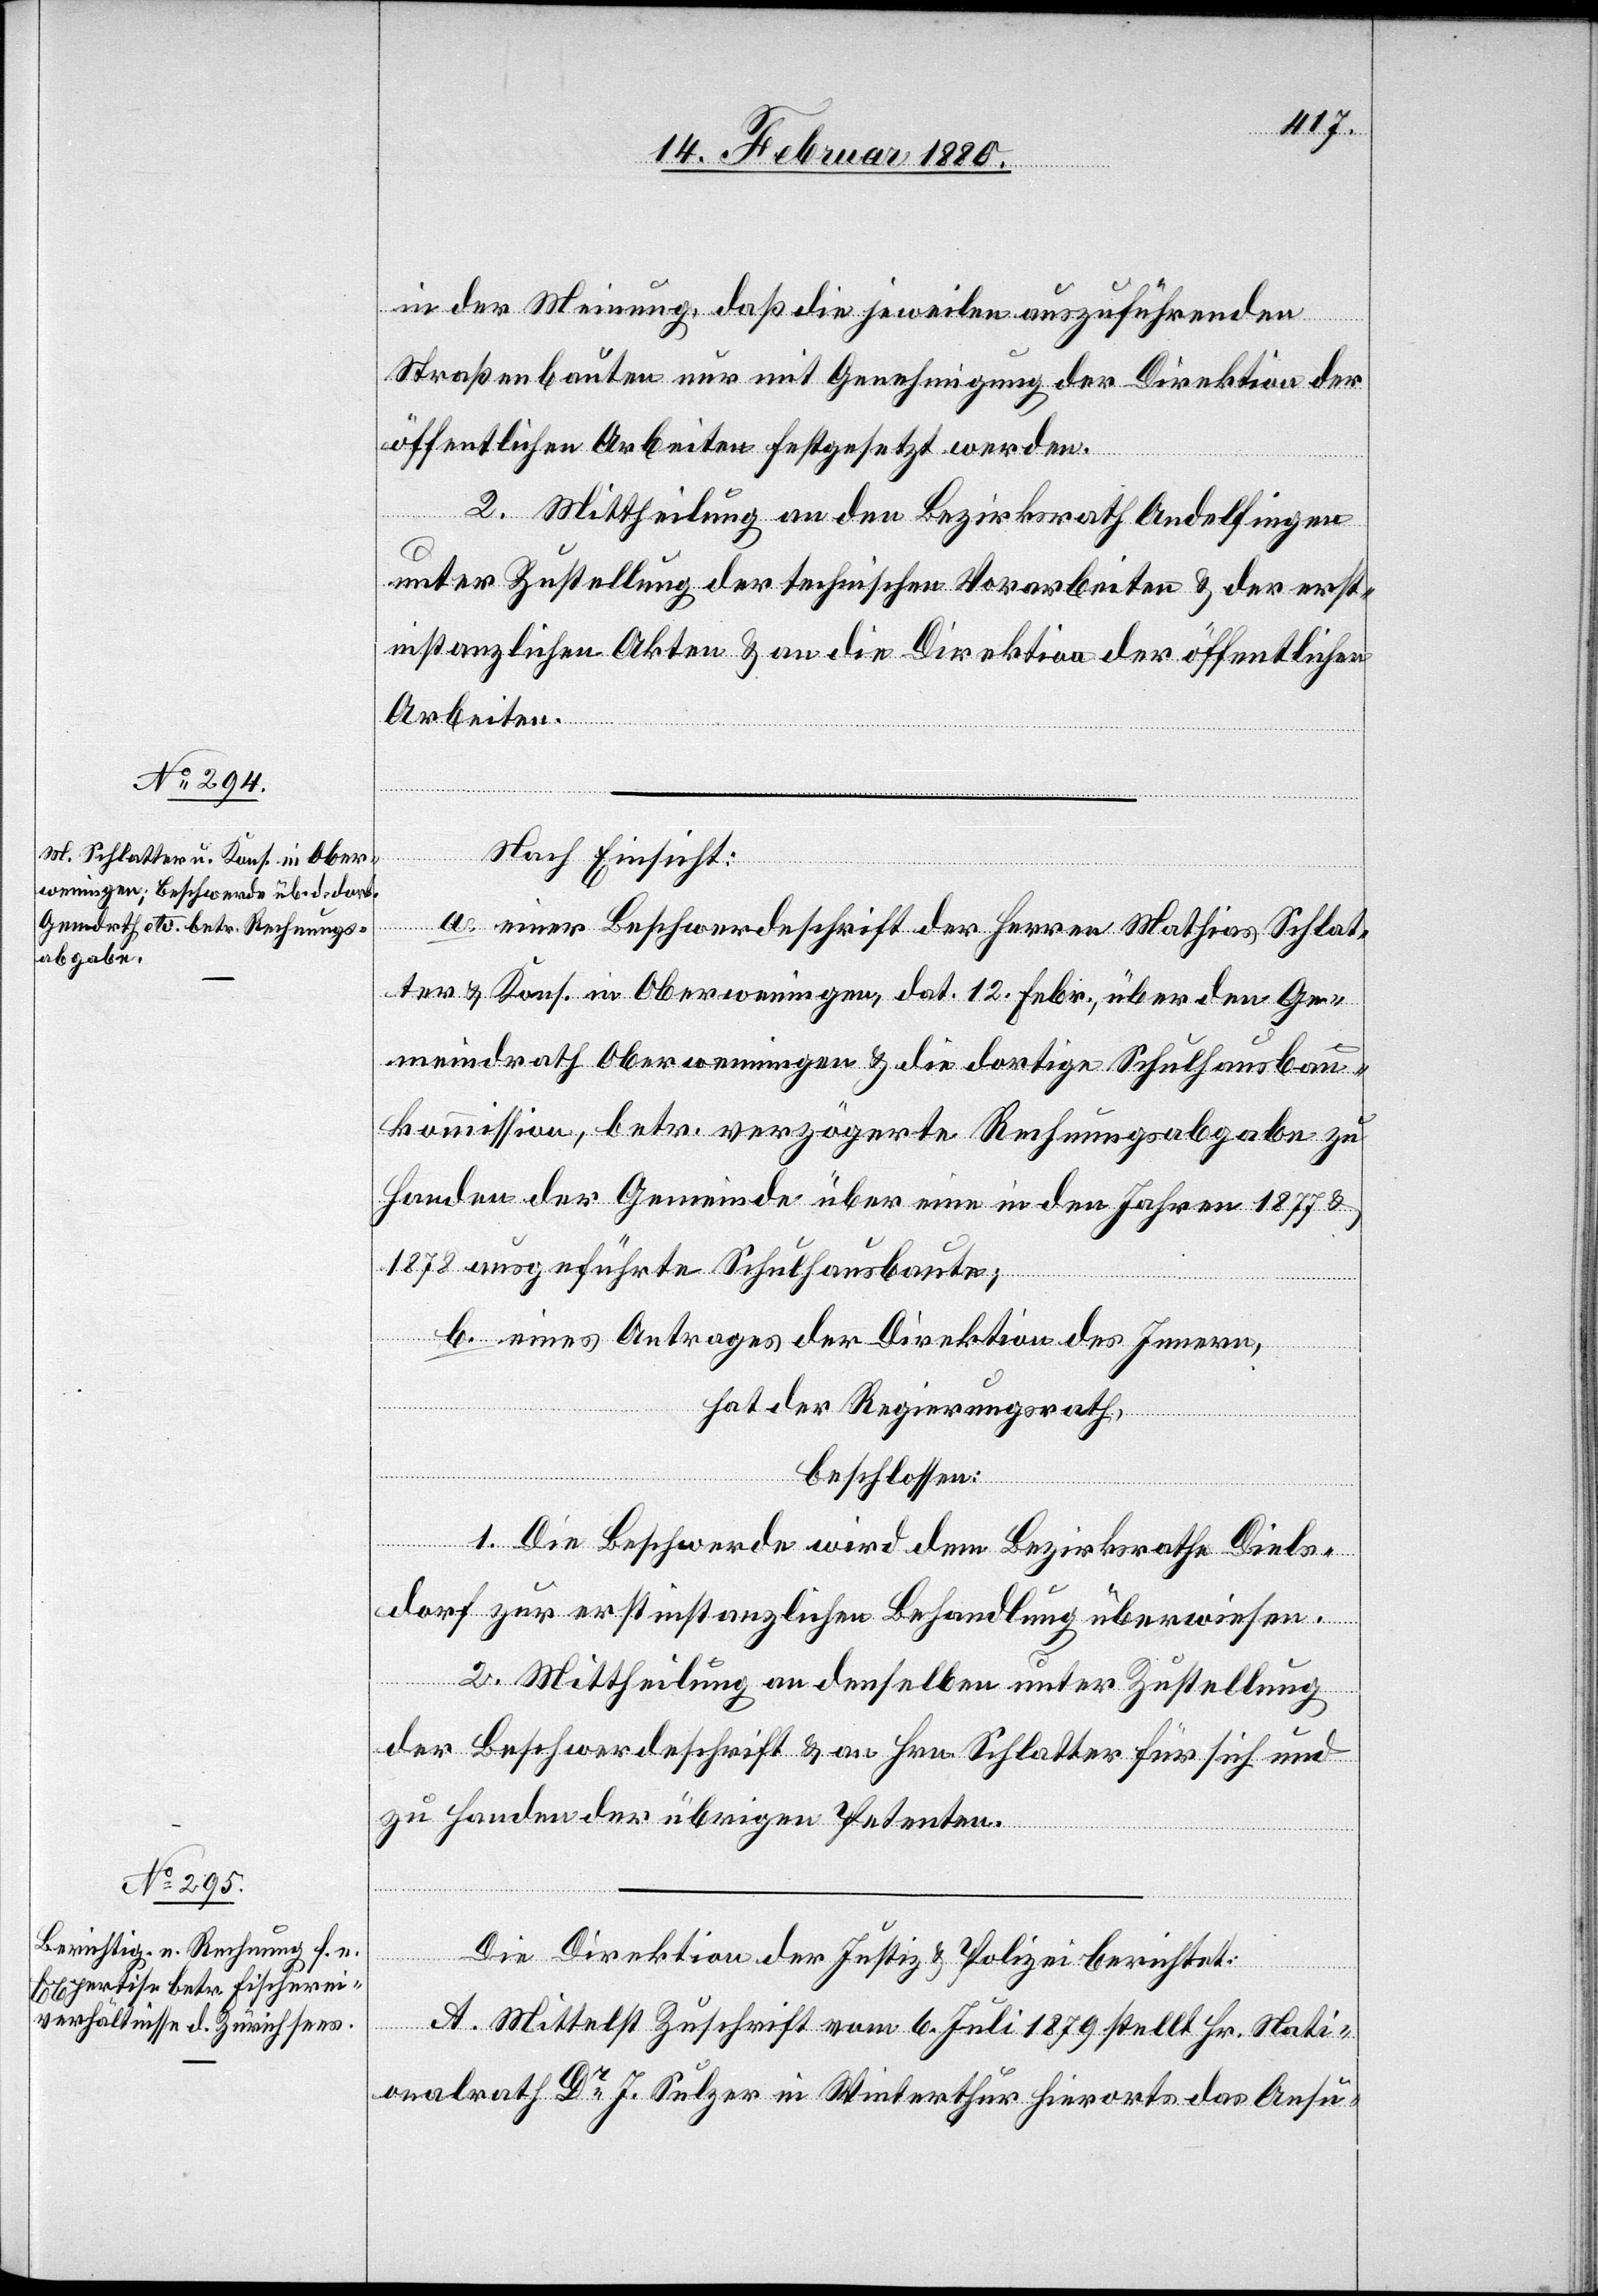
in der Meinung, daß die jeweilen auszuführenden
Straßenbauten nur mit Genehmigung der Direktion der
öffentlichen Arbeiten festgesetzt werden.
Beschwerde
2. Mittheilung an den Bezirksrath Andelfingen
unter Zustellung der technischen Vorarbeiten & der erst¬
instanzlichen Akten & an die Direktion der öffentlichen
Arbeiten.
der
Nach Einsicht:
a.
ter & Kons. in Oberweningen, dat. 12. Febr., über den Ge¬
meindrath Oberweningen & die dortige Schulhausbau¬
kommission, betr. verzögerte Rechnungsabgabe zu
Handen der Gemeinde über eine in den Jahren 1877 &
1878 ausgeführte Schulhausbaute;
b. eines Antrages der Direktion des Innern,
hat der Regierungsrath,
Schlat¬
beschlossen:
1. Die Beschwerde wird dem Bezirksrathe Diels¬
dorf zur erstinstanzlichen Behandlung überwiesen.
2. Mittheilung an denselben unter Zustellung
der Beschwerdeschrift & an Hrn. Schlatter für sich und
zu Handen der übrigen Petenten.
Die Direktion der Justiz & Polizei berichtet:
A. Mittelst Zuschrift vom 6. Juli 1879 stellt Hr. Nati¬
onalrath Dr J. Sulzer in Winterthur hierorts das Ansu-